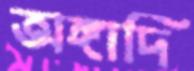
অঙ্গাদি